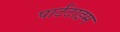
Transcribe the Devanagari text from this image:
पार्टटाइम